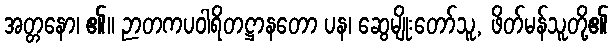
အတ္တနော၊ ၏။ ဉာတကပဝါရိတဋ္ဌာနတော ပန၊ ဆွေမျိုးတော်သူ, ဖိတ်မန်သူတို့၏